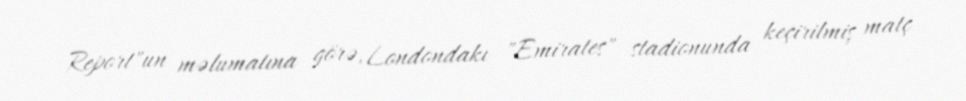
Report"un məlumatına görə, Londondakı "Emirates" stadionunda keçirilmiş matç